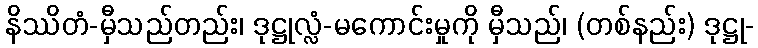
နိဿိတံ-မှီသည်တည်း၊ ဒုဋ္ဌုလ္လံ-မကောင်းမှုကို မှီသည်၊ (တစ်နည်း) ဒုဋ္ဌု-